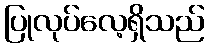
ပြုလုပ်လေ့ရှိသည်